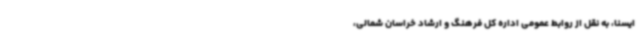
ایسنا، به نقل از روابط عمومی اداره کل فرهنگ و ارشاد خراسان شمالی،